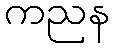
ကညန